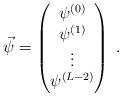
LaTeX: \begin{align*}\vec{\psi} = \left( \begin{matrix}\psi^{(0)} \\ \psi^{(1)} \\ \vdots \\ \psi^{(L-2)} \end{matrix} \right) \; .\end{align*}